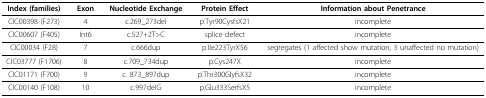
| Index (families) | Exon | Nucleotide Exchange | Protein Effect | Information about Penetrance |
 | --- | --- | --- | --- | --- |
 | CIC00398 (F273) | 4 | c.269_273del | p.Tyr90CysfsX21 | incomplete |
 | CIC00607 (F405) | Int6 | c.527+2T>C | splice defect | incomplete |
 | CIC00034 (F28) | 7 | c.666dup | p.Ile223TyrX56 | segregates (1 affected show mutation, 3 unaffected no mutation) |
 | CIC03777 (F1706) | 8 | c.709_734dup | p.Cys247X | incomplete |
 | CIC01171 (F700) | 9 | c. 873_897dup | p.Thr300GlyfsX32 | incomplete |
 | CIC00140 (F108) | 10 | c.997delG | p.Glu333SerfsX5 | incomplete |